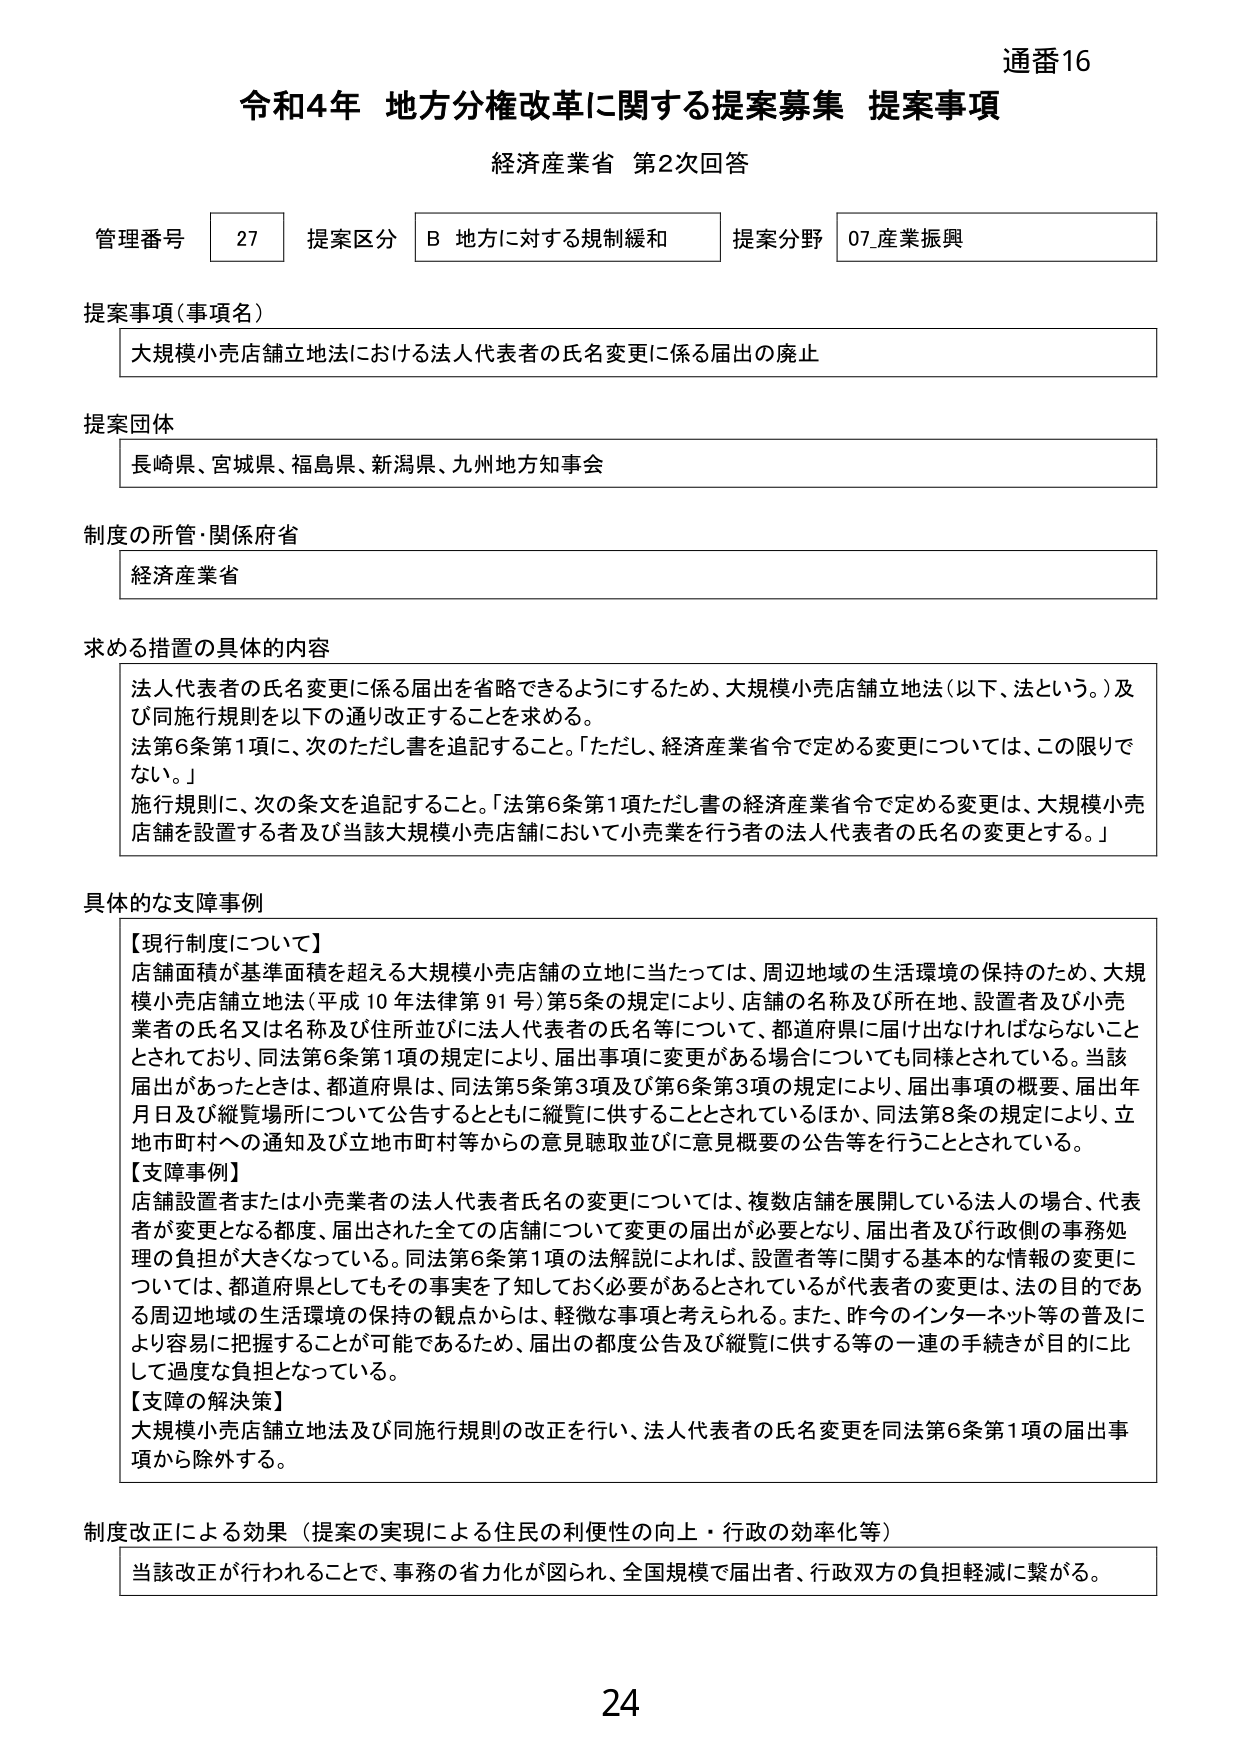
通番16
令和4年 地方分権改革に関する提案募集 提案事項
経済産業省 第2次回答

管理番号 27 提案区分 B 地方に対する規制緩和 提案分野 07_産業振興

提案事項（事項名）
大規模小売店舗立地法における法人代表者の氏名変更に係る届出の廃止

提案団体
長崎県、宮城県、福島県、新潟県、九州地方知事会

制度の所管・関係府省
経済産業省

求める措置の具体的内容
法人代表者の氏名変更に係る届出を省略できるようにするため、大規模小売店舗立地法（以下、法という。）及び同施行規則を以下の通り改正することを求める。
法第6条第1項に、次のただし書を追記すること。「ただし、経済産業省令で定める変更については、この限りでない。」
施行規則に、次の条文を追記すること。「法第6条第1項ただし書の経済産業省令で定める変更は、大規模小売店舗を設置する者及び当該大規模小売店舗において小売業を行う者の法人代表者の氏名の変更とする。」

具体的な支障事例
【現行制度について】
店舗面積が基準面積を超える大規模小売店舗の立地に当たっては、周辺地域の生活環境の保持のため、大規模小売店舗立地法（平成10年法律第91号）第5条の規定により、店舗の名称及び所在地、設置者及び小売業者の氏名又は名称及び住所並びに法人代表者の氏名等について、都道府県に届け出なければならないこととされており、同法第6条第1項の規定により、届出事項に変更がある場合についても同様とされている。当該届出があったときは、都道府県は、同法第5条第3項及び第6条第3項の規定により、届出事項の概要、届出年月日及び縦覧場所について公告するとともに縦覧に供することとされているほか、同法第8条の規定により、立地市町村への通知及び立地市町村等からの意見聴取並びに意見概要の公告等を行うこととされている。
【支障事例】
店舗設置者または小売業者の法人代表者氏名の変更については、複数店舗を展開している法人の場合、代表者が変更となる都度、届出された全ての店舗について変更の届出が必要となり、届出者及び行政側の事務処理の負担が大きくなっている。同法第6条第1項の法解説によれば、設置者等に関する基本的な情報の変更については、都道府県としてもその事実を了知しておく必要があるとされているが代表者の変更は、法の目的である周辺地域の生活環境の保持の観点からは、軽微な事項と考えられる。また、昨今のインターネット等の普及により容易に把握することが可能であるため、届出の都度公告及び縦覧に供する等の一連の手続きが目的に比して過度な負担となっている。
【支障の解決策】
大規模小売店舗立地法及び同施行規則の改正を行い、法人代表者の氏名変更を同法第6条第1項の届出事項から除外する。

制度改正による効果（提案の実現による住民の利便性の向上・行政の効率化等）
当該改正が行われることで、事務の省力化が図られ、全国規模で届出者、行政双方の負担軽減に繋がる。

24